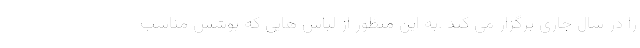
را در سال جاری برگزار می کند .به این منظور از لباس هایی که پوشش مناسب